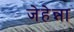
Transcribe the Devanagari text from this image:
जेहेन्ना